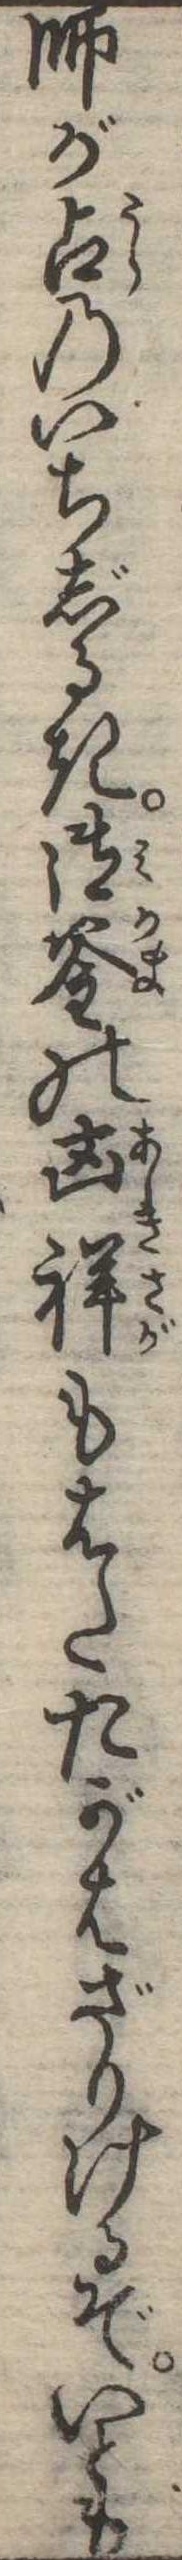
師が占のいちじるき御釜の凶祥もはたたがはざりけるぞいとも